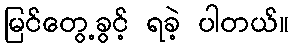
မြင်တွေ့ခွင့် ရခဲ့ ပါတယ်။